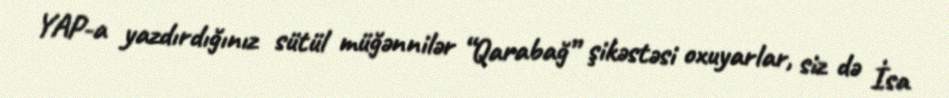
YAP-a yazdırdığınız sütül müğənnilər “Qarabağ” şikəstəsi oxuyarlar, siz də İsa